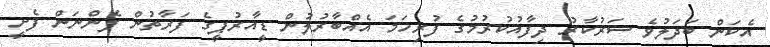
އެކަން ބަދަލުވެ ސަރުކާރު ދިފާއުކުރުމުގެ ފުރިހަމަ އެއްބާރުލުން ޑީއާރުޕީގެ ފަރާތުން ފެންނަން ފެށީ